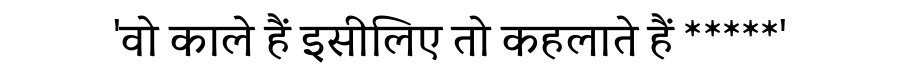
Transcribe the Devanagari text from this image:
'वो काले हैं इसीलिए तो कहलाते हैं *****'